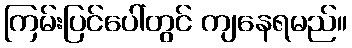
ကြမ်းပြင်ပေါ်တွင် ကျနေရမည်။